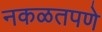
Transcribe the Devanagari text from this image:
नकळतपणे